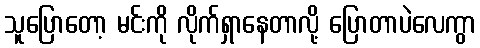
သူပြောတော့ မင်းကို လိုက်ရှာနေတာလို့ ပြောတာပဲလေကွာ